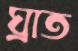
ঘ্রাত